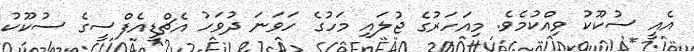
އެއީ ސުކޫކު ވިއްކުމެވެ. މިއަހަރުގެ ޖުލައި މަހުގެ ހަވަނަ ދުވަހު އެޗްޑީއެފްސީގެ ސުކޫކު